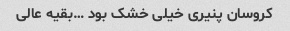
کروسان پنیری خیلی خشک بود …بقیه عالی